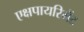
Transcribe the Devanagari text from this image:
एक्षपायरिमेंट